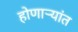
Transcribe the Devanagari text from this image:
होणाऱ्यांत